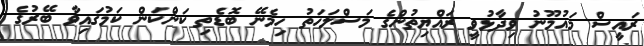
ރައީސް މައުމޫނު ވިދާޅުވީ ރައްޔިތުންގެ މަސްލަހަތު ހިމެނޭ ބޮޑެތި ކަންކަން ކަމުގައިވާ ބޭރުގެ